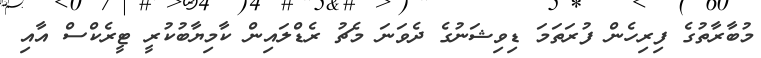
މުބާރާތުގެ ފިރިހެން ފުރަތަމަ ޑިވިޝަނުގެ ދެވަނަ މެޗު ރެޑްލައިން ކާމިޔާބުކުރީ ޓީރެކްސް އާއި